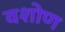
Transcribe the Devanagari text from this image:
वशोण